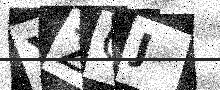
Text: XZGJ